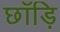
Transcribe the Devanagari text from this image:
छाँड़ि